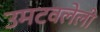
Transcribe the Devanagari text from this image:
उमटवलेली